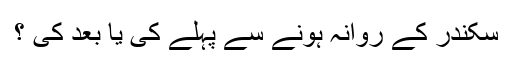
سکندر کے روانہ ہونے سے پہلے کی یا بعد کی ؟